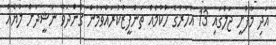
އަދި މާފުށީ ޖަލުގައި 13 އަހަރުގެ ހުކުމެއް ތަންފީޒުކުރައްވަމުން ގެންދަވާ ނަޝީދަށް ލުޔެއް